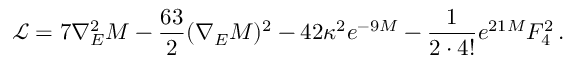
\mathcal { L } = 7 \nabla _ { E } ^ { 2 } M - \frac { 6 3 } { 2 } ( \nabla _ { E } M ) ^ { 2 } - 4 2 \kappa ^ { 2 } e ^ { - 9 M } - \frac { 1 } { 2 \cdot 4 ! } e ^ { 2 1 M } F _ { 4 } ^ { 2 } \, .